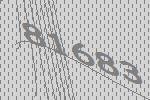
81683